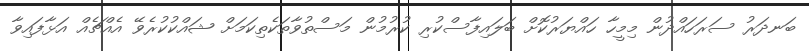
ބަނދަރު ސަރަހައްދުން މިމީހާ ހައްޔަރުކޮށް ބަލައިފާސްކުރި ކުރުމުން މަސްތުވާތަކެތިކަަމަށް ޝައްކުކުރެވޭ އެއްޗެއް އަޅާފައިވާ